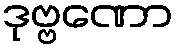
ဒုဗ္ဗဏော